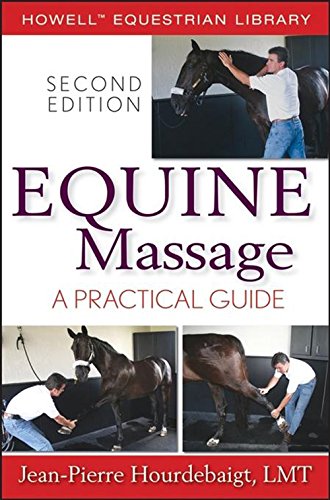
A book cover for Equine Massage: A Practical Guide (Howell Equestrian Library); Jean-Pierre Hourdebaigt; Medical Books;